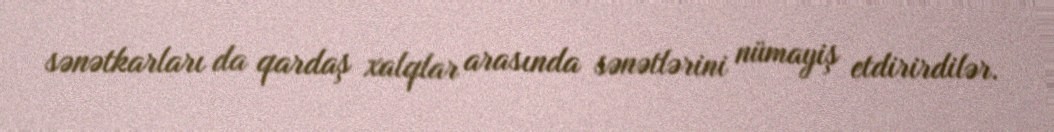
sənətkarları da qardaş xalqlar arasında sənətlərini nümayiş etdirirdilər.